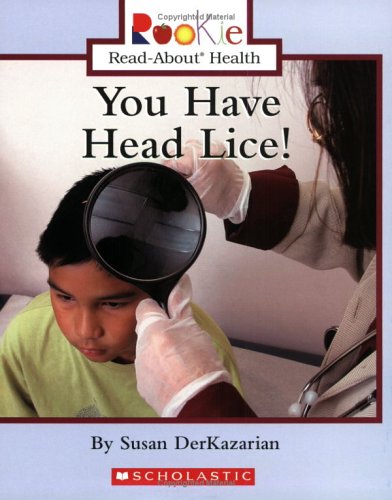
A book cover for You Have Head Lice! (Rookie Read-About Health); Susan Derkazarian; Health, Fitness & Dieting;